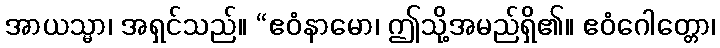
အာယသ္မာ၊ အရှင်သည်။ “ဧဝံနာမော၊ ဤသို့အမည်ရှိ၏။ ဧဝံဂေါတ္တော၊